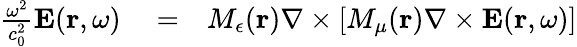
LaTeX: \begin{array}{rlr}{\frac{\omega^{2}}{c_{0}^{2}}{\mathbf E}({\mathbf r},\omega)}&{{}=}&{M_{\epsilon}({\mathbf r})\nabla\times[M_{\mu}({\mathbf r})\nabla\times{\mathbf E}({\mathbf r},\omega)]}\end{array}